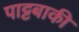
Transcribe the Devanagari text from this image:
पाट्टबाकी